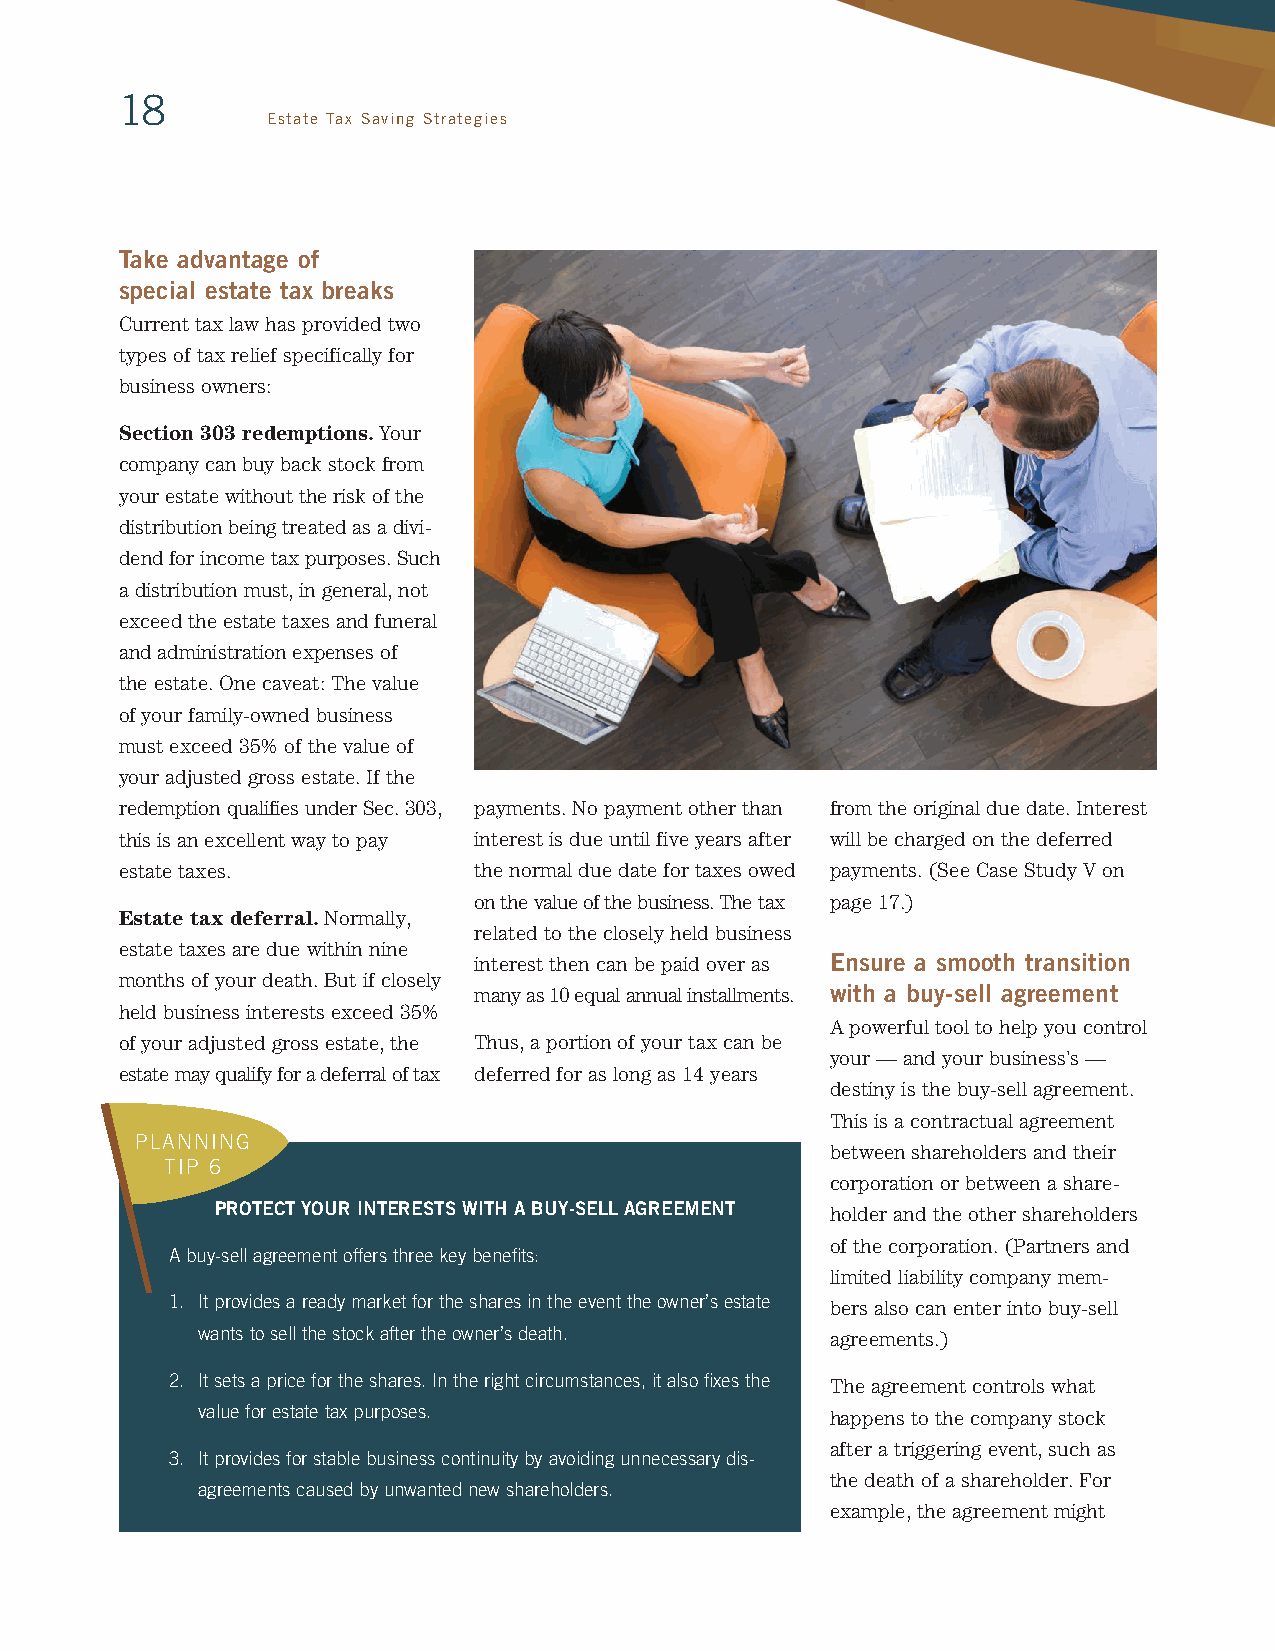
18
 Estate Tax Saving Strategies
 Take advantage of
 special estate tax breaks
 Current tax law has provided two
 types of tax relief specifically for
 business owners:
 Section 303 redemptions. Your
 company can buy back stock from
 your estate without the risk of the
 distribution being treated as a divi-
 dend for income tax purposes. Such
 a distribution must, in general, not
 exceed the estate taxes and funeral
 and administration expenses of
 the estate. One caveat: The value
 of your family-owned business
 must exceed 35% of the value of
 your adjusted gross estate. If the
 redemption qualifies under Sec. 303, payments. No payment other than from the original due date. Interest
 this is an excellent way to pay interest is due until five years after will be charged on the deferred
 estate taxes.          the normal due date for taxes owed payments. (See Case Study V on
 on the value of the business. The tax page 17.)
 Estate tax deferral. Normally,
 related to the closely held business
 estate taxes are due within nine
 interest then can be paid over as Ensure a smooth transition
 months of your death. But if closely
 many as 10 equal annual installments. with a buy-sell agreement
 held business interests exceed 35%
 A powerful tool to help you control
 of your adjusted gross estate, the Thus, a portion of your tax can be
 your — and your business’s —
 estate may qualify for a deferral of tax deferred for as long as 14 years
 destiny is the buy-sell agreement.
 This is a contractual agreement
 PLANNING
 between shareholders and their
 TIP 6
 corporation or between a share-
 PROTECT YOUR INTERESTS WITH A BUY-SELL AGREEMENT holder and the other shareholders
 of the corporation. (Partners and
 A buy-sell agreement offers three key benefits:
 limited liability company mem-
 1. It provides a ready market for the shares in the event the owner’s estate bers also can enter into buy-sell
 wants to sell the stock after the owner’s death. agreements.)
 2. It sets a price for the shares. In the right circumstances, it also fixes the The agreement controls what
 value for estate tax purposes.            happens to the company stock
 after a triggering event, such as
 3. It provides for stable business continuity by avoiding unnecessary dis-
 the death of a shareholder. For
 agreements caused by unwanted new shareholders.
 example, the agreement might